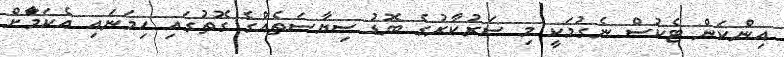
އިންކަން ޓެކުސް ނެގުމަކީ މި ސަރުކާރުގެ ބޮޑު ސިޔާސަތެއްގެ ގޮތުގައި ހިމަނައި އެކަމަާށް